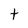
Character: t